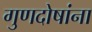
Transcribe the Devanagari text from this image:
गुणदोषांना